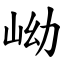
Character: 岰